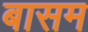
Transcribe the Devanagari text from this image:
बासम